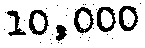
10,000